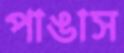
পাঙাস